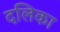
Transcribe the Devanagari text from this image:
दलिका